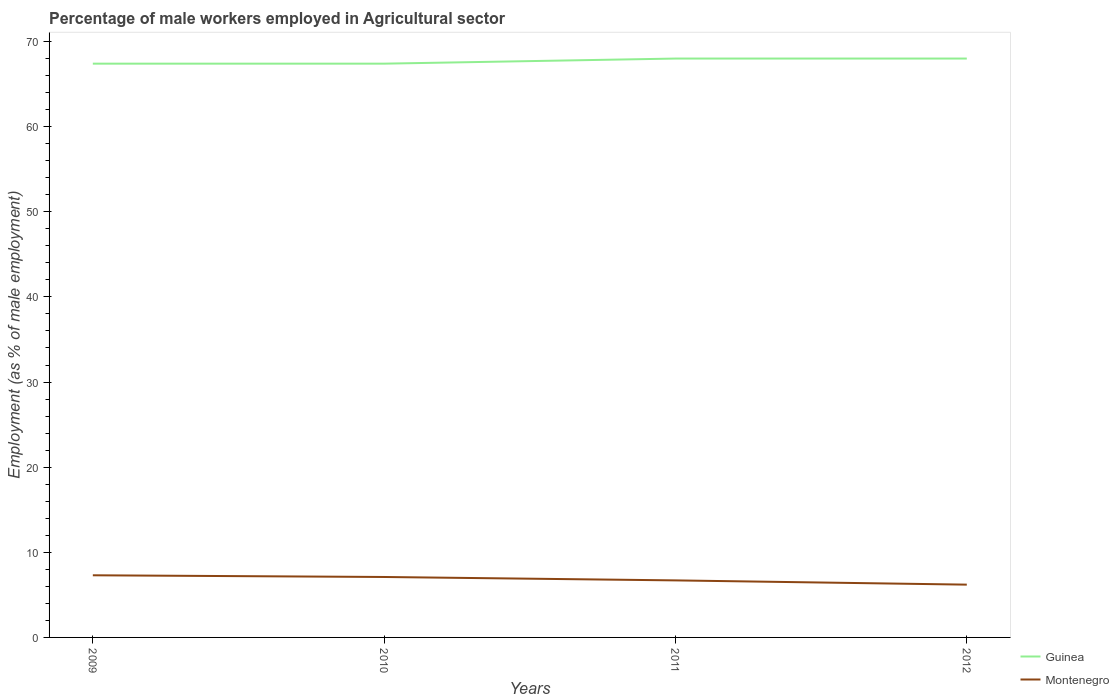
| Years | Guinea | Montenegro |
 | --- | --- | --- |
 | 2009 | 67.4 | 7.3 |
 | 2010 | 67.4 | 7.1 |
 | 2011 | 68 | 6.7 |
 | 2012 | 68 | 6.2 |